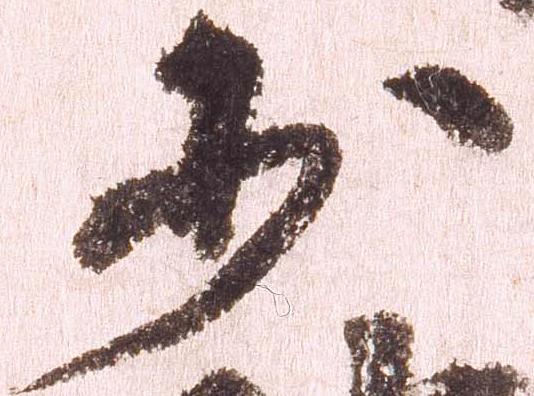
少